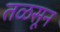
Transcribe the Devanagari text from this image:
तळसून